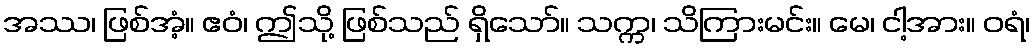
အဿ၊ ဖြစ်အံ့။ ဧဝံ၊ ဤသို့ ဖြစ်သည် ရှိသော်။ သက္က၊ သိကြားမင်း။ မေ၊ ငါ့အား။ ဝရံ၊